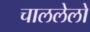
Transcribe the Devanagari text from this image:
चाललेलो